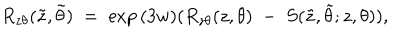
LaTeX: R _ { z \theta } ( \tilde { z } , \tilde { \theta } ) \; = \; \exp { ( 3 w ) } ( R _ { z \theta } ( z , \theta ) \; - \; \nonumber S ( \tilde { z } , \tilde { \theta } ; z , \theta ) ) ,